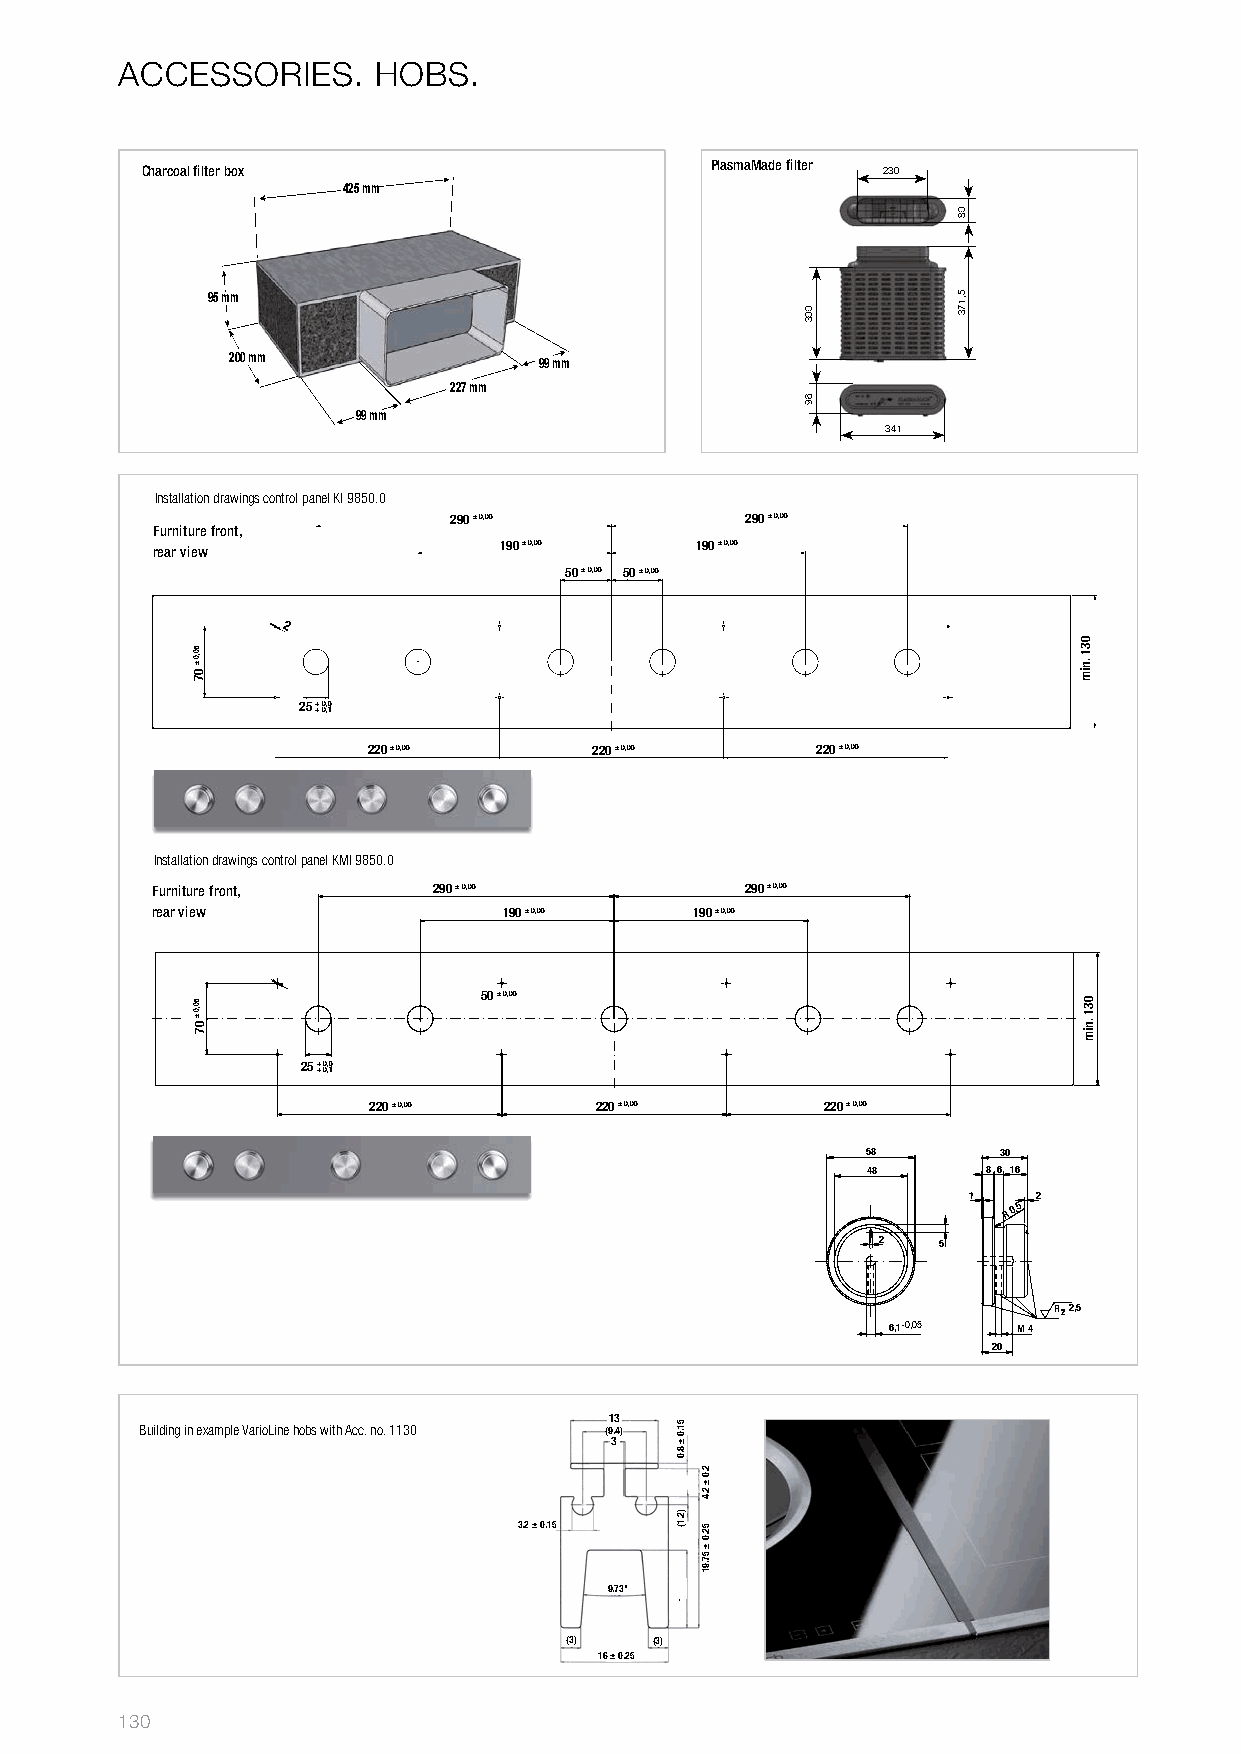
ACCESSORIES.     HOBS.
 Charcoal fi lter box                  PlasmaMade fi lter 230
 425 mm
 95 mm
 200 mm               99 mm
 227 mm
 99 mm
 341
 Installation drawings control panel KI 9850.0
 290 ± 0,05         290 ± 0,05
 FMuörbneiltbulreen dfreont,
 rAenasric vhite vwon hinten 190 ± 0,05 190 ± 0,05
 50 ± 0,05 50 ± 0,05
 2
 25 ++ 00,,51
 220 ± 0,05     220 ± 0,05     220 ± 0,05
 Installation drawings control panel KMI 9850.0
 FMuörbneiltbulreen dfreont, 290 ± 0,05 290 ± 0,05
 rAenasric vhite vwon hinten 190 ± 0,05 190 ± 0,05
 50 ± 0,05
 25 ++ 00,,51
 220 ± 0,05     220 ± 0,05      220 ± 0,05
 58       30
 48      8 6 16
 1    2
 R
 0,5
 2   5
 Rz2,5
 6,1-0,05 M 4
 20
 13 Building in example VarioLine hobs with Acc. no. 1130 (9.4)
 3
 3.2 ± 0.15
 9.73°
 (3)   (3)
 16 ± 0.25
 130
 50,0
 ±
 07
 50,0
 ± 07
 51.0
 ±
 8.0
 )2.1(
 57.11
 2.0
 ±
 2.4
 52.0
 ±
 57.91
 003
 69
 08
 5,173
 031
 .nim
 031
 .nim